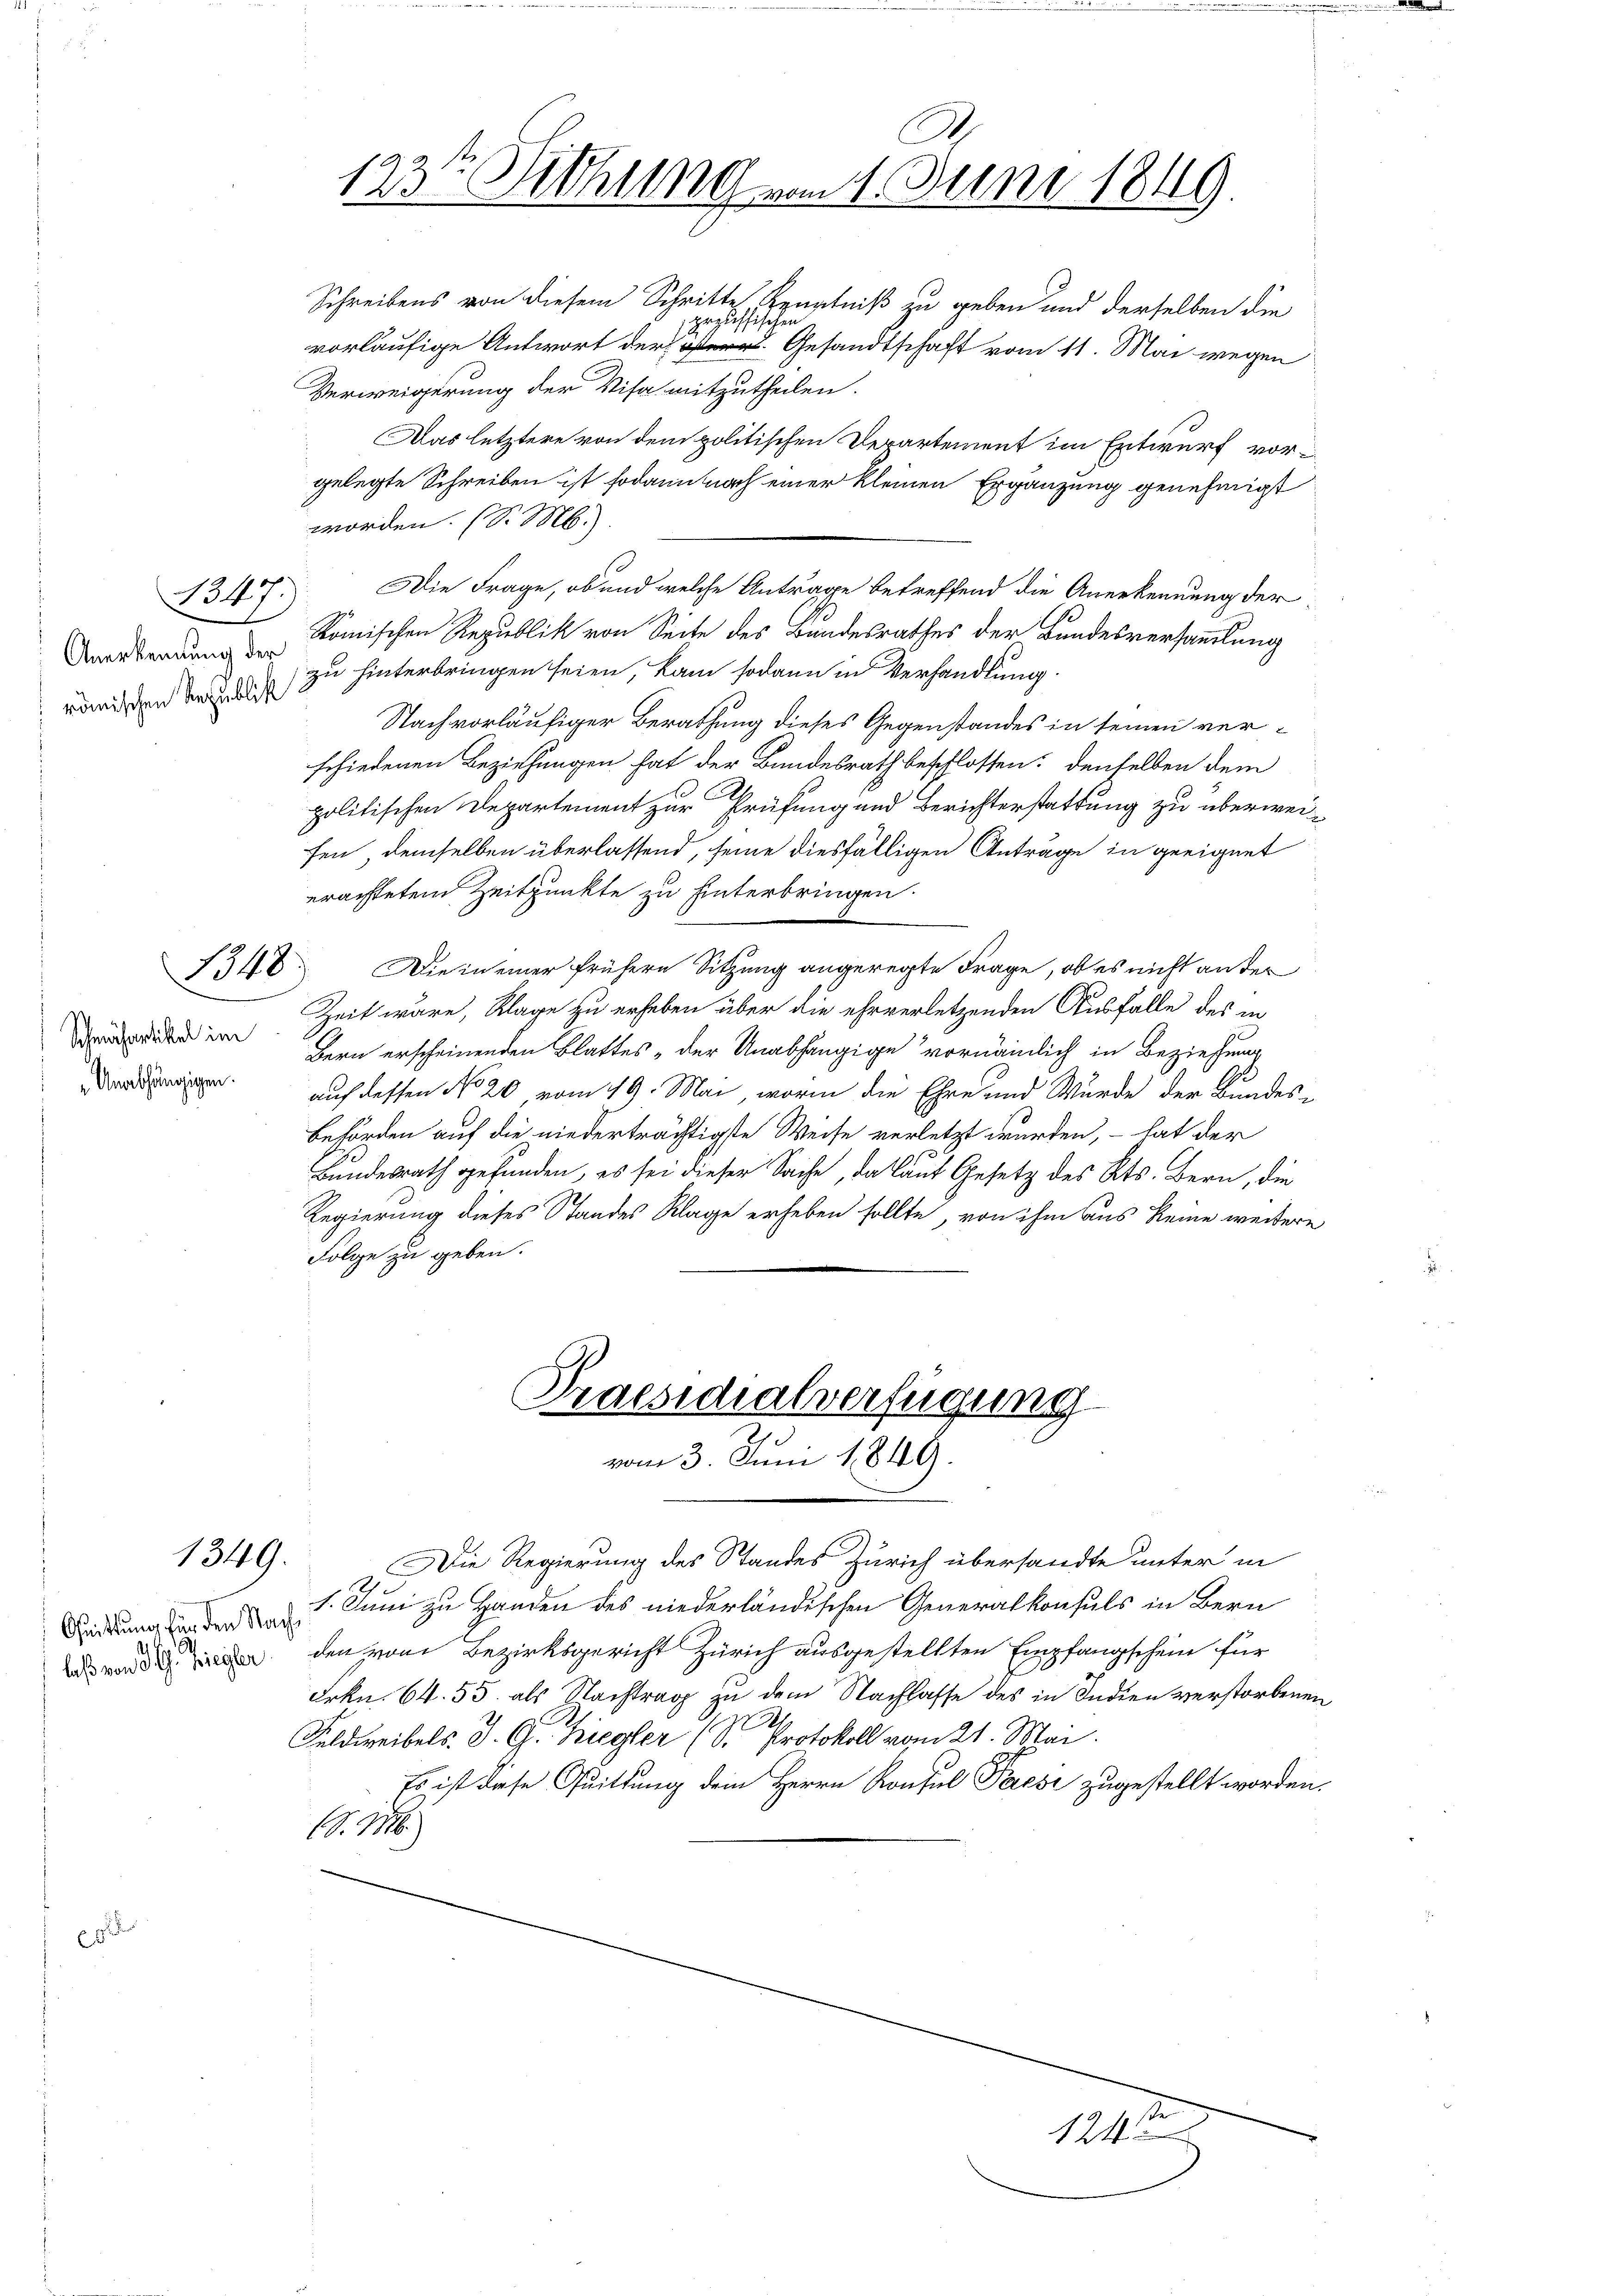
1349.

B347.

1348)

Schmähartikel im
Unabhängigen.

Verweigerung der Visa mitzutheilen.
Das letztere von dem politischen Departement im Entwurf vorgelegte Schreiben ist sodann nach einer kleinen Ergänzung genehmigt
worden. (S. M.
 Römischen Republik von Seite des Bundesrathes der Bundesversammlung
romischen den zu hinterbringen seien, kam sodann in Verhandlung
Nach vorläufiger Berathung dieses Gegenstandes in seinen verschiedenen Beziehungen hat der Bundesrath beschlossen: denselben dem
politischen Departement zur Prüfung und Berichterstattung zu überweifen, demselben überlassend, seine diesfälligen Anträge in geeignet
erachtetem Zeitpunkte zu hinterbringen.
Die in einer frühern Sitzung angeregte Frage, ob es nicht unter
Zeit wäre, Klage zu erheben über die ehrverletzenden Ausfalle des in
Bern erscheinenden Blattes „der Unabhängige vornämlich in Beziehung
auf dessen No 20 vom 19. Mai, worin die Ehre und Wurde der Bundes-
Behörden auf die niederträchtigste Weise verletzt wurden, – hat der
Bundesrath gefunden, es sei dieser Sache, da laut Gesetz des Kts. Bern, die
Regierung dieses Standes Klage erheben sollte, von ihm aus keine weitere
Folge zu geben.

Schreibens von diesem Schritte, Kenntniß zu geben und derselben die
gezuffischen
vorläufige Antwort der Gesandtschaft vom 11. Mai wegen

laß von 3. Kriegler

Die Regierung des Standes Zürich übersandte unter in
idung den 1. Juni zu Handen des niederländischen Generalkonsuls in Bern
den vom Bezirksgericht Zürich ausgestellten Empfangschein für
Frkn. 64. 55. als Nachtrag zu dem Nachlasse des in Indien verstorbenen
Feldweibels. J. G. Ziegler (S. Protokoll vom 21. Mai.
Es ist diese Quittung dem Herrn Konsul Paesi zugestellt worden.
S. 16

123. Siehung vom 1. Juni 1849

Die Frage, ob und welche Anträge betreffend die Anerkennung der

Praesidialverfügung
vom 3. Juni 1849.

1